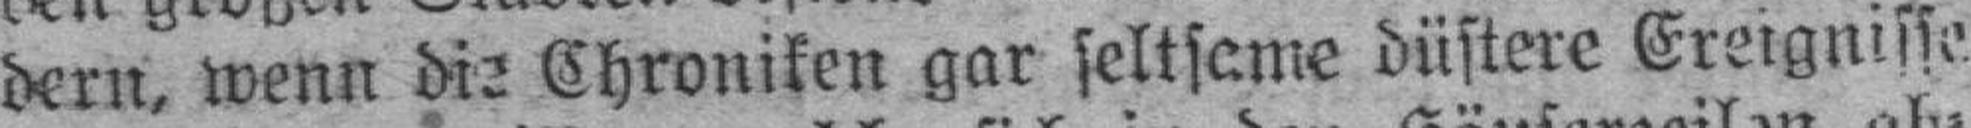
dern, wenn die Chroniken gar seltsame düstere Ereignisse